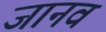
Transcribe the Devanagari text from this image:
जानव